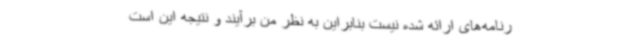
رنامه‌های ارائه شده نیست بنابراین به نظر من برآیند و نتیجه این است